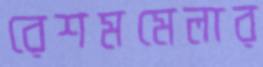
রেশমমেলার